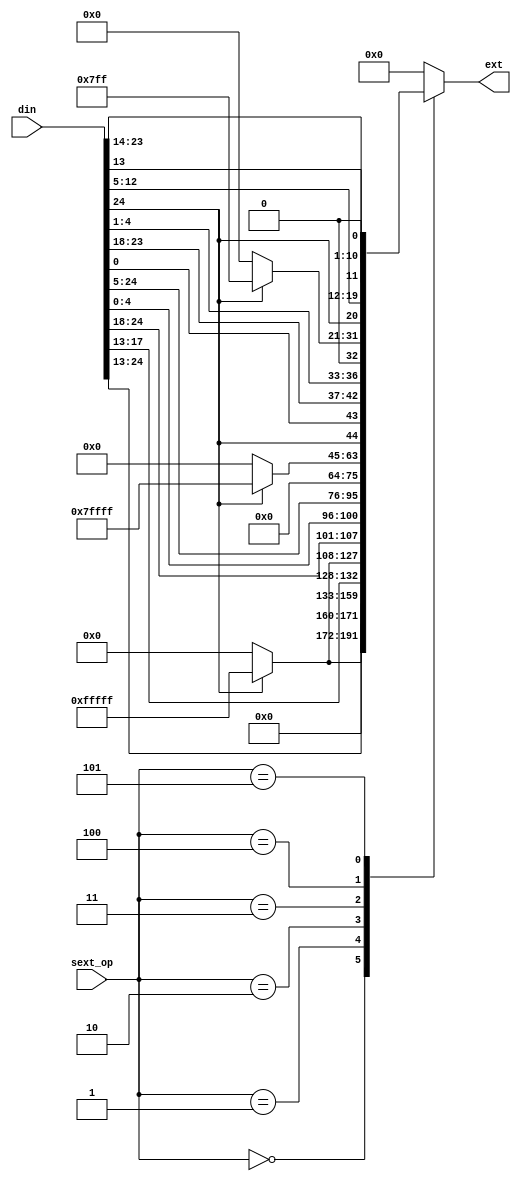

//////////////////////////////////////////////////////////////////////////////////
// Company: 
// Engineer: 
// 
// Design Name: 
// Module Name: SEXT
// Project Name: 
// Target Devices: 
// Tool Versions: 
// Description: 
// 
// Dependencies: 
// 
// Revision:
// Revision 0.01 - File Created
// Additional Comments:
// 
//////////////////////////////////////////////////////////////////////////////////


module SEXT(
    input [24:0] din,
    input [2:0] sext_op,
    output reg [31:0] ext
    );

    wire sgn = din[24];
    always @(*) begin
        case (sext_op)
            3'b000:  ext = {sgn == 1'b1 ? 20'hFFFFF : 20'b0, din[24:13]};
            3'b001:  ext = {27'b0, din[17:13]};
            3'b010:  ext = {sgn == 1'b1 ? 20'hFFFFF : 20'b0, din[24:18], din[4:0]};
            3'b011:  ext = {din[24:5], 12'b0};
            3'b100:  ext = {sgn == 1'b1 ? 19'h7FFFF : 19'b0, din[24], din[0], din[23:18], din[4:1], 1'b0};
            3'b101:  ext = {sgn == 1'b1 ? 11'h7FF : 11'b0, din[24], din[12:5], din[13], din[23:14], 1'b0};
            default: ext = 32'b0;
        endcase
    end

endmodule